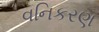
વનિકરણ